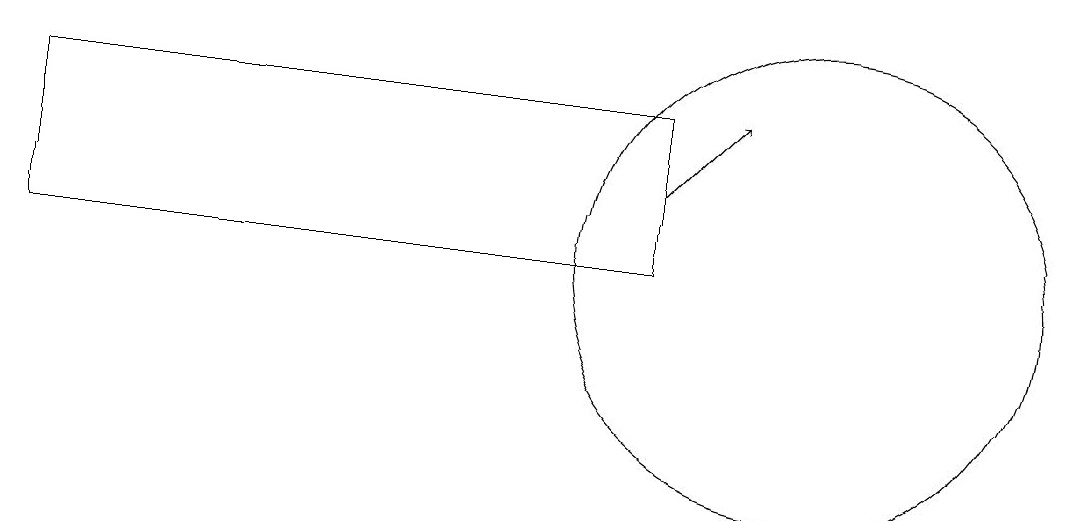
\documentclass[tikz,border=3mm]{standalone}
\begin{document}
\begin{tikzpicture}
\draw (10,10) circle (3);
\draw (0,10) rectangle (8,12);
\draw[->] (8,11) -- (9,12);
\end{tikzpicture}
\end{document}